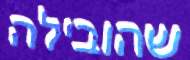
שהובילה